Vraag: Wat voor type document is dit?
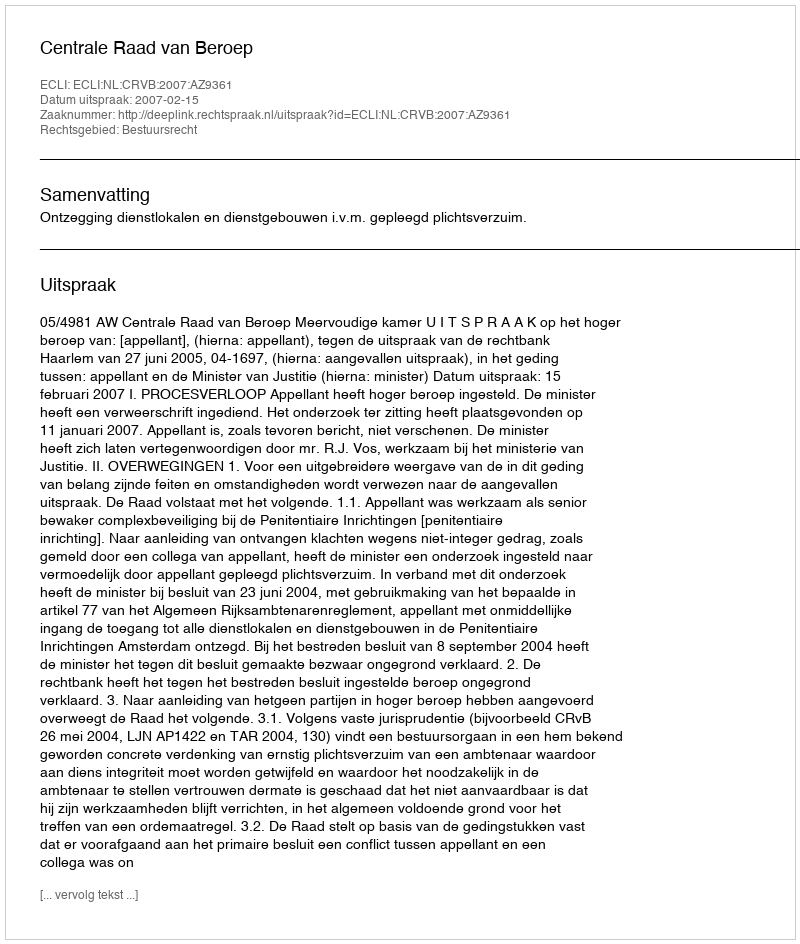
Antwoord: Uitspraak